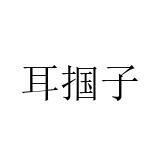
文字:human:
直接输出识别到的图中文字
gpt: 耳掴子